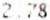
2.78